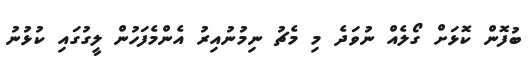
ބުފޮން ކޮޅަށް ގޯލެއް ނުވަދެ މި މެޗު ނިމުނުއިރު އެންމެފަހުން ލީގުގައި ކުޅުނު